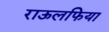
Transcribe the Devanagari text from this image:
राऊलफिया